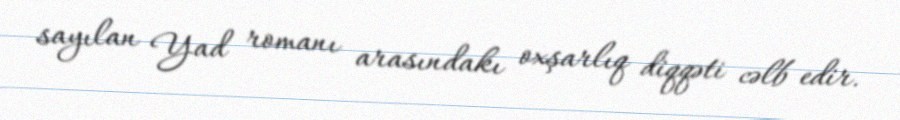
sayılan Yad romanı arasındakı oxşarlıq diqqəti cəlb edir.